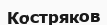
Костряков